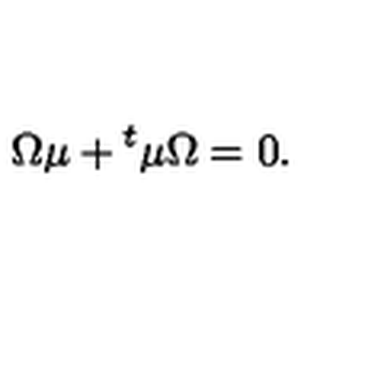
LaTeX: \Omega \mu + { } ^ { t } \mu \Omega = 0 .